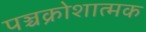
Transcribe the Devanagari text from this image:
पञ्चक्रोशात्मक